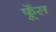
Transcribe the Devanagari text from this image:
फूँस